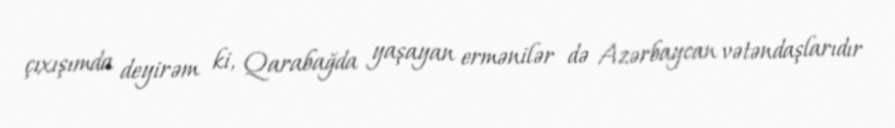
çıxışımda deyirəm ki, Qarabağda yaşayan ermənilər də Azərbaycan vətəndaşlarıdır